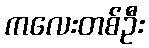
ကလေးတစ်ဦး